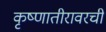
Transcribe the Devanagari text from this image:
कृष्णातीरावरची